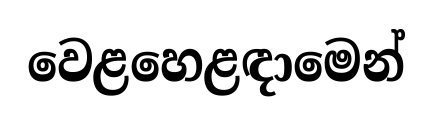
වෙළහෙළඳාමෙන්